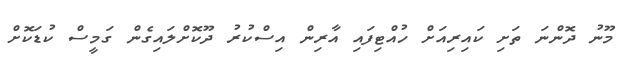
މޫނު ދޮންނަ ތަށި ކައިރިއަށް ހުއްޓިފައި އާރިން އިސްކުރު ދޫކޮށްލައިގެން ގަމީސް ކުޑަކޮށް